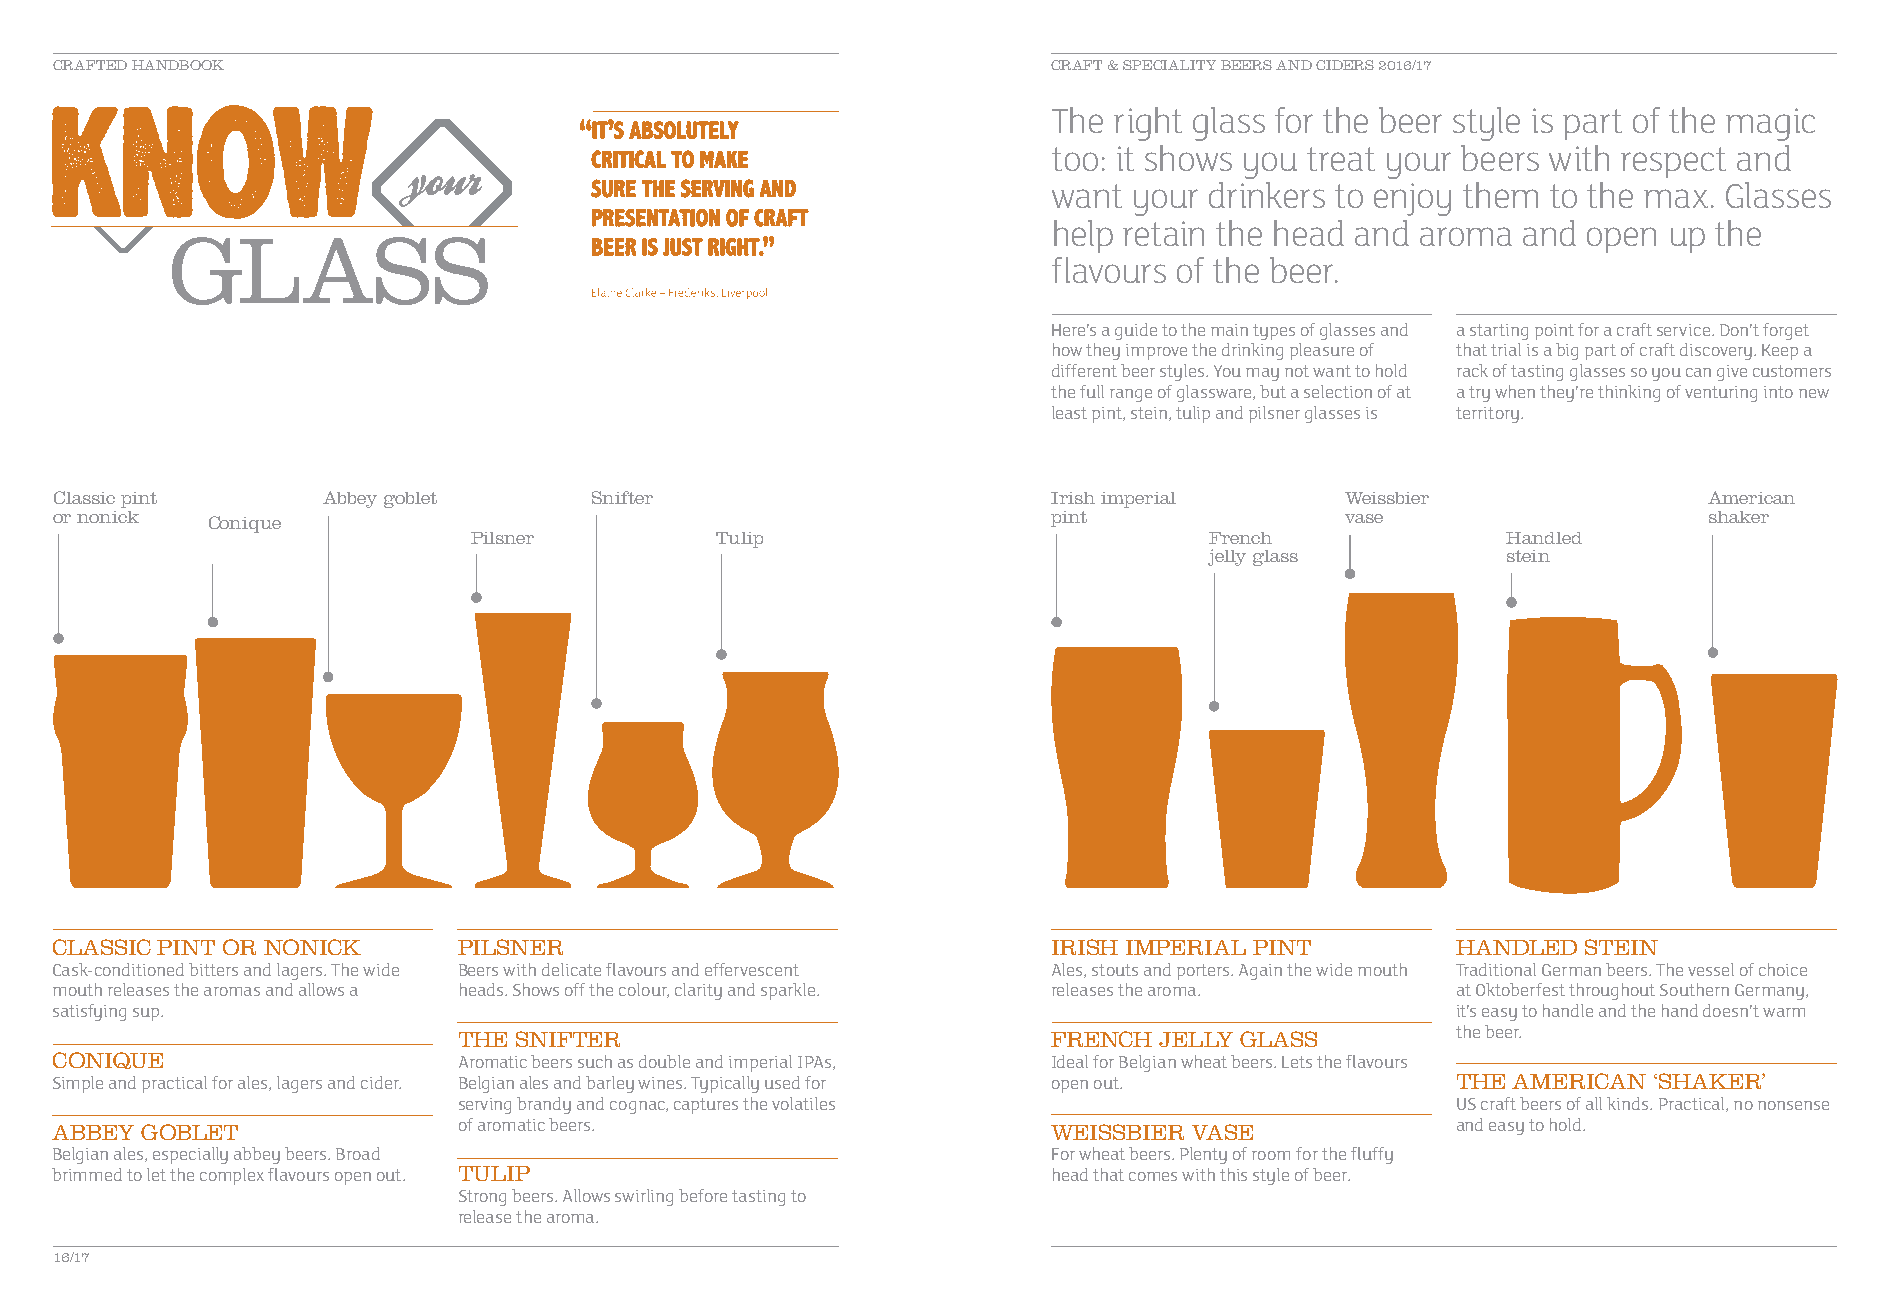
CRAFTED HANDBOOK                                                  CRAFT & SPECIALITY BEERS AND CIDERS 2016/17
 The right glass for the beer style is part of the magic
 too: it shows you treat your beers with respect and
 want your drinkers to enjoy them to the max. Glasses
 GLASS                                                      help retain the head and aroma and open up the
 flavours of the beer.
 Here’s a guide to the main types of glasses and a starting point for a craft service. Don’t forget
 how they improve the drinking pleasure of that trial is a big part of craft discovery. Keep a
 different beer styles. You may not want to hold rack of tasting glasses so you can give customers
 the full range of glassware, but a selection of at a try when they’re thinking of venturing into new
 least pint, stein, tulip and pilsner glasses is territory.
 Classic pint     Abbey goblet      Snifter                        Irish imperial     Weissbier               American
 or nonick Conique                                                 pint               vase                    shaker
 Pilsner         Tulip                            French              Handled
 jelly glass         stein
 CLASSIC PINT OR NONICK     PILSNER                                 IRISH IMPERIAL PINT       HANDLED  STEIN
 Cask-conditioned bitters and lagers. The wide Beers with delicate flavours and effervescent Ales, stouts and porters. Again the wide mouth Traditional German beers. The vessel of choice
 mouth releases the aromas and allows a heads. Shows off the colour, clarity and sparkle. releases the aroma. at Oktoberfest throughout Southern Germany,
 satisfying sup.                                                                              it’s easy to handle and the hand doesn’t warm
 THE SNIFTER                             FRENCH JELLY GLASS        the beer.
 CONIQUE                    Aromatic beers such as double and imperial IPAs, Ideal for Belgian wheat beers. Lets the flavours
 Simple and practical for ales, lagers and cider. Belgian ales and barley wines. Typically used for open out. THE AMERICAN ‘SHAKER’
 serving brandy and cognac, captures the volatiles                 US craft beers of all kinds. Practical, no nonsense
 ABBEY GOBLET               of aromatic beers.                      WEISSBIER VASE            and easy to hold.
 Belgian ales, especially abbey beers. Broad                        For wheat beers. Plenty of room for the fluffy
 brimmed to let the complex flavours open out. TULIP                head that comes with this style of beer.
 Strong beers. Allows swirling before tasting to
 release the aroma.
 16/17